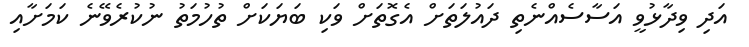
އަދި ވިދާޅުވީ އަސާސެއްނެތި ދައުލަތަށް އެގޮތަށް ވަކި ބަޔަކަށް ތުހުމަތު ނުކުރެވޭނެ ކަމަށާއި